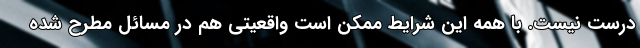
درست نیست. با همه این شرایط ممکن است واقعیتی هم در مسائل مطرح شده